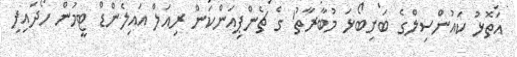
އަތޮޅު ކައުންސިލްގެ ބަށިބޯޅަ މުބާރާތު' ގެ ޗެންޕިއަންކަން ރިއަލް އައިލެންޑް ޓީމުން ހޯދައިފި